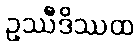
ဥဿီဒိဿထ